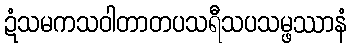
ဍံသမကသဝါတာတပသရီသပသမ္ဖဿာနံ